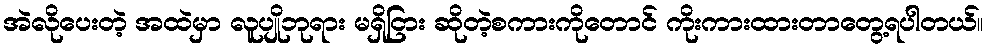
အဲလိုပေးတဲ့ အထဲမှာ လူပျိုဘုရား မရှိငြား ဆိုတဲ့စကားကိုတောင် ကိုးကားထားတာတွေ့ရပါတယ်။